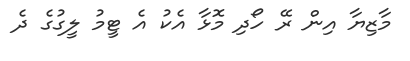
މާޒިޔާ އިން ރޭ ހޯދި މޮޅާ އެކު އެ ޓީމު ލީގުގެ ދެ